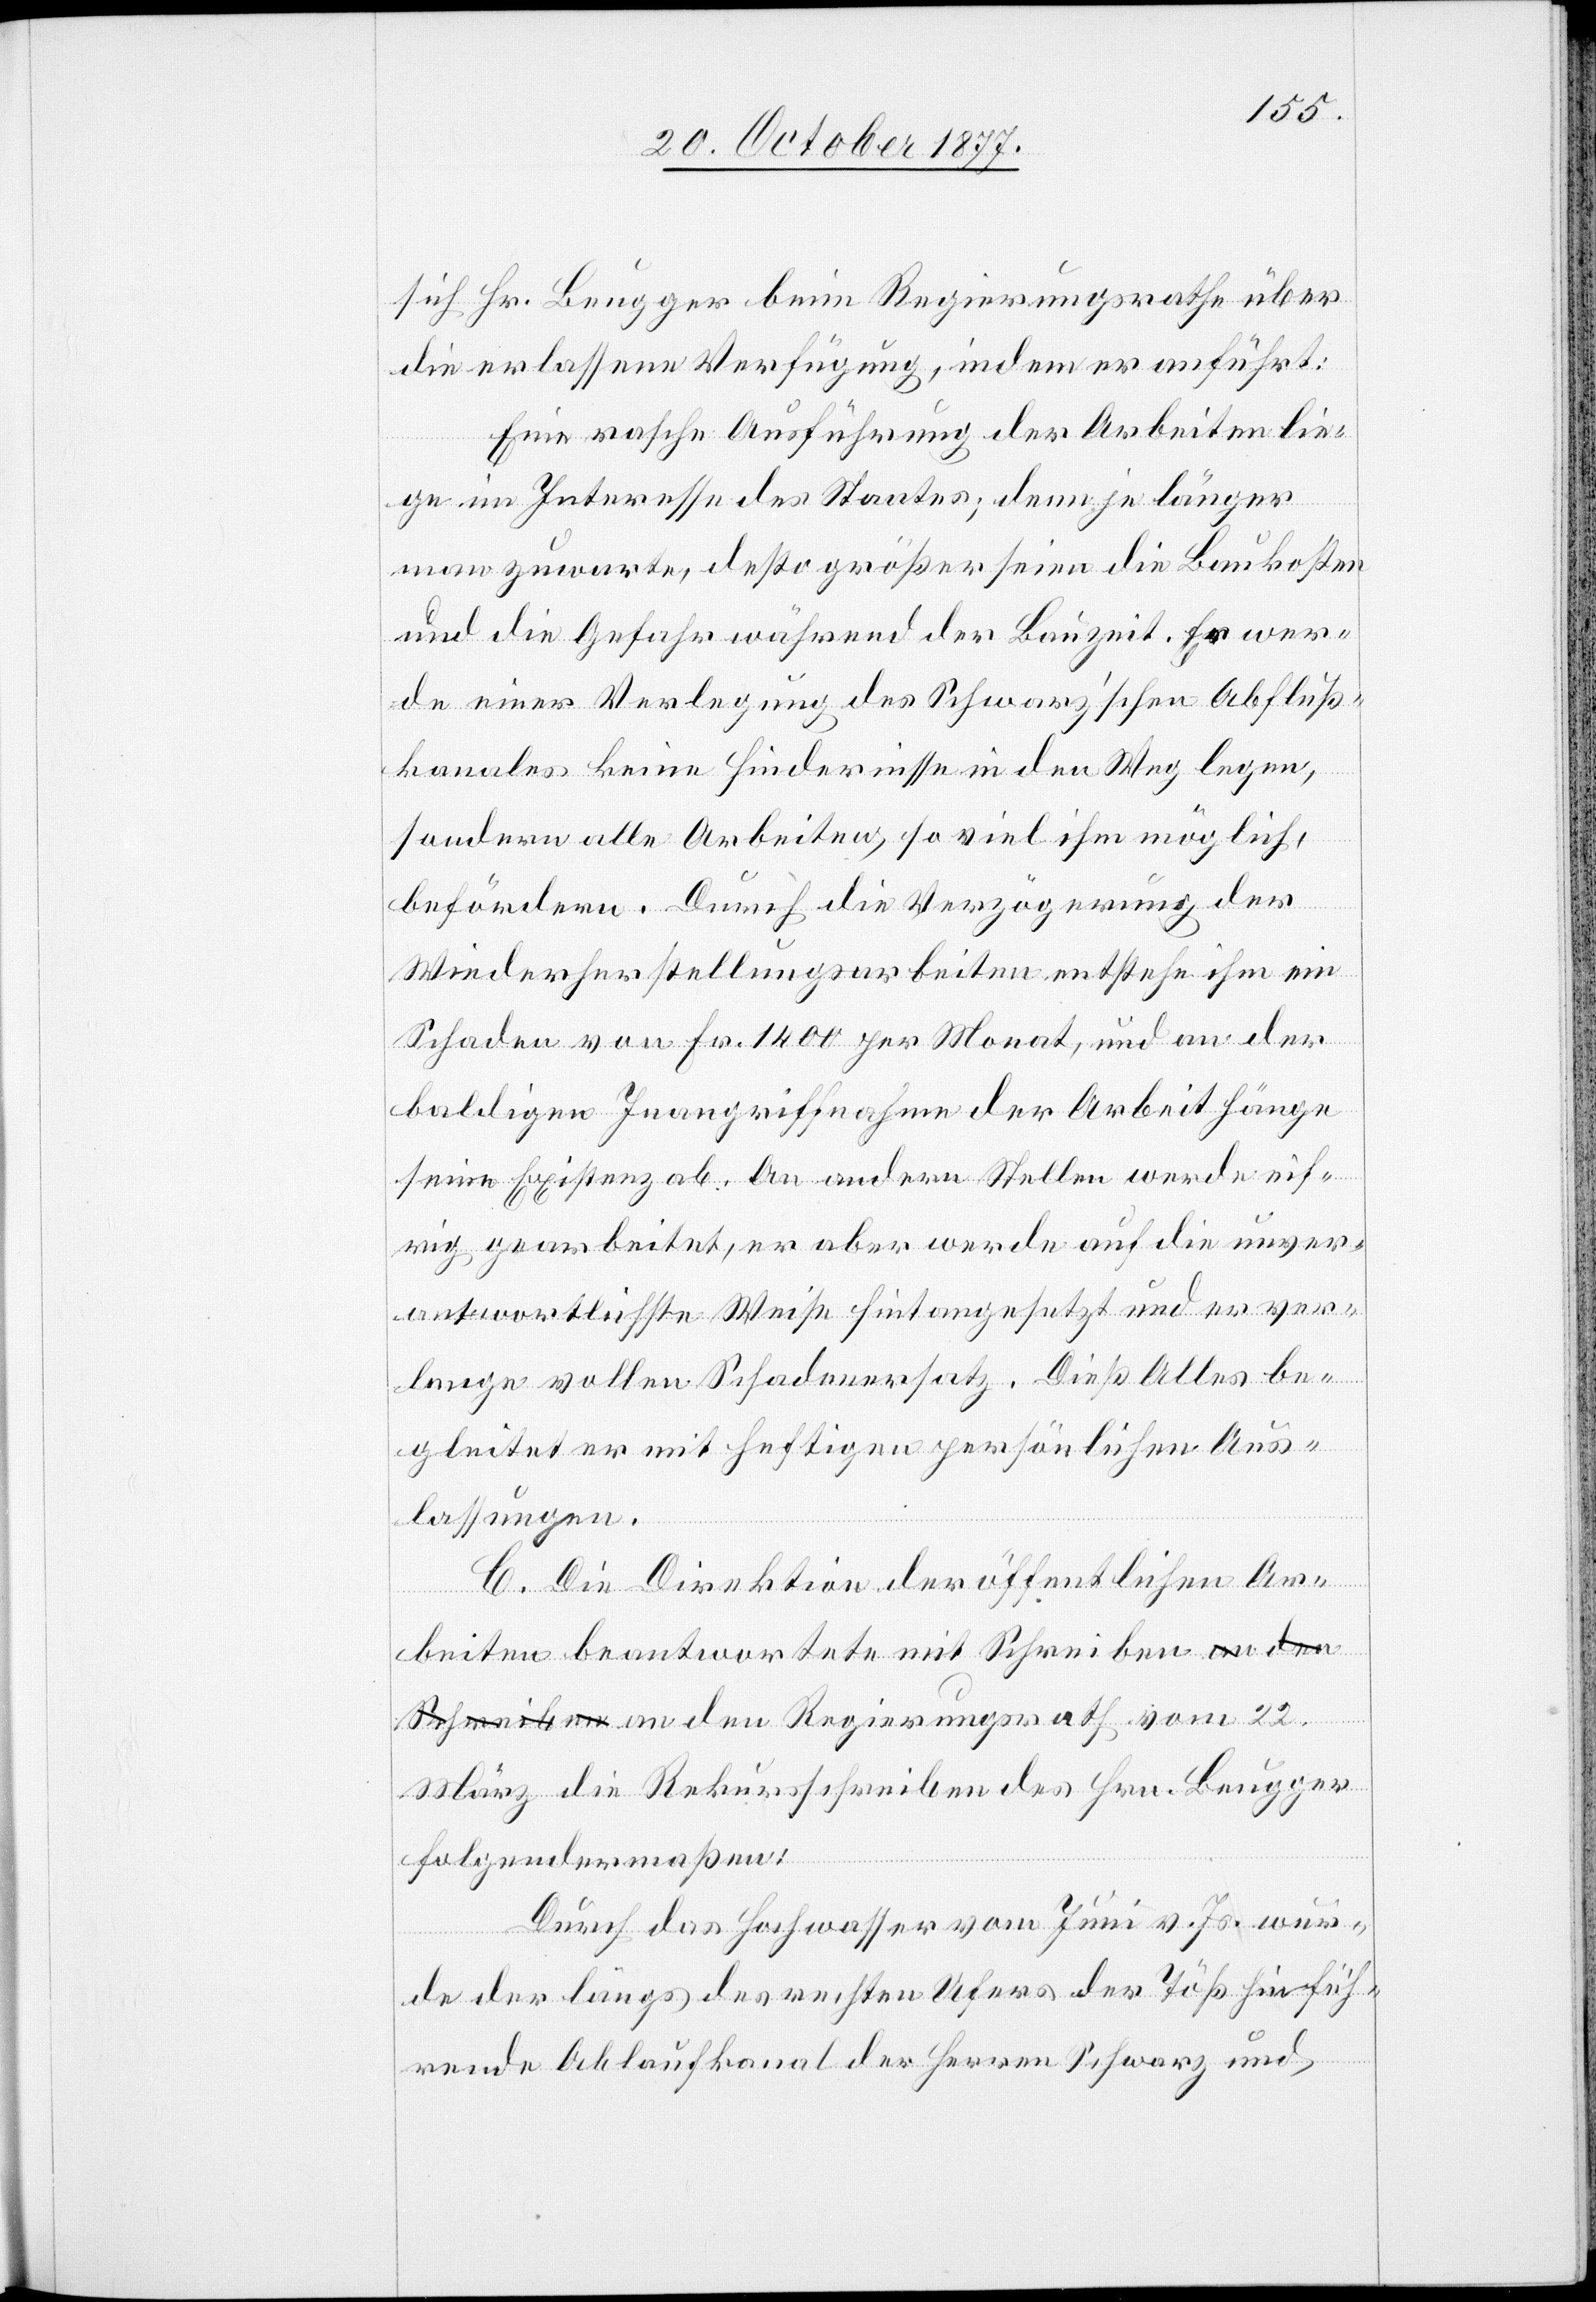
sich Hr. Beugger beim Regierungsrathe über
die erlassene Verfügung, indem er anführt:
Eine rasche Ausführung der Arbeiten lie¬
ge im Interesse des Staates; denn je länger
man zuwarte, desto größer seien die Baukosten
und die Gefahr während der Bauzeit. Er wer¬
de einer Verlegung des Schwarz’schen Abfluß¬
kanales keine Hindernisse in den Weg legen,
sondern alle Arbeiten, so viel ihm möglich,
der
befördern. Durch die Verzögerung der
Wiederherstellungsarbeiten entstehe ihm ein
Schaden von Fr. 1400 per Monat, und an [re¬
baldigen Inangriffnahme der Arbeit hänge
seine Existenz ab. An andern Stellen werde eif¬
rig gearbeitet, er aber werde auf die unver¬
antwortlichste Weise hintangesetzt und er ver¬
lange vollen Schadenersatz. Dieß Alles be¬
gleitet er mit heftigen persönlichen Aus¬
lassungen.
C. Die Direktion der öffentlichen Ar¬
beiten beantwortete mit Schreiben a-an den
Schreiben-a an den Regierungsrath vom 22.
März die Rekursschreiben des Hrn. Beugger
folgendermaßen:
Durch das Hochwasser vom Juni v. Js. wur¬
de der längs des rechten Ufers der Töß hinfüh¬
rende Ablaufkanal der Herren Schwarz und